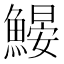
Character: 𩹽